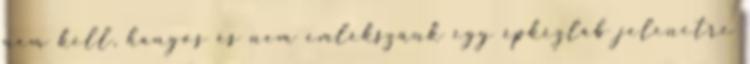
nem kell, hangos és nem emlékszünk egy épkézláb jelenetre